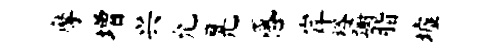
摩增兴允晃感岸裕蹰脂墟